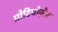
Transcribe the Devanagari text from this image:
प्रोटियोज़ेज़